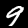
Digit: 9